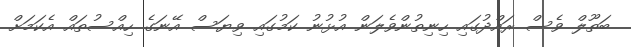
ބަތޫލް ވެސް ރައްދުގައި ހިނިތުންވެލަން އުޅުނު ކަމުގައި ވިޔަސް އޭނަގެ ހިއްސުތައް އެކަމަށް